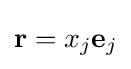
\mathbf {r} =x_{j}\mathbf {e} _{j}